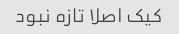
کیک اصلا تازه نبود